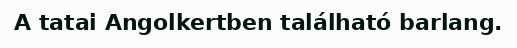
A tatai Angolkertben található barlang.